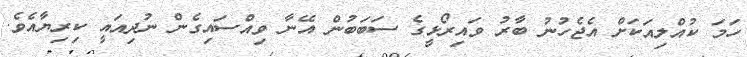
ހަމަ ކުއްލިއަކަށް އެޖެހުނު ބާރު ވައިރޯޅީގެ ސަބަބުން އޭނާ ވިއްސައިގެން ނުދިއައީ ކިރިޔާއެވެ.